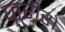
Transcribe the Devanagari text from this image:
जूरीरो